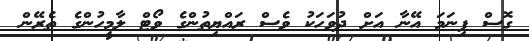
ގޮސް ފިނަަމަ އޭނާ އަށް ދުވަހަކު ވެސް ރައްޔިތުންގެ ވޯޓް ލާމީހުންގެ ތެރޭން